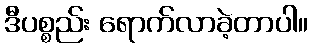
ဒီပစ္စည်း ရောက်လာခဲ့တာပါ။